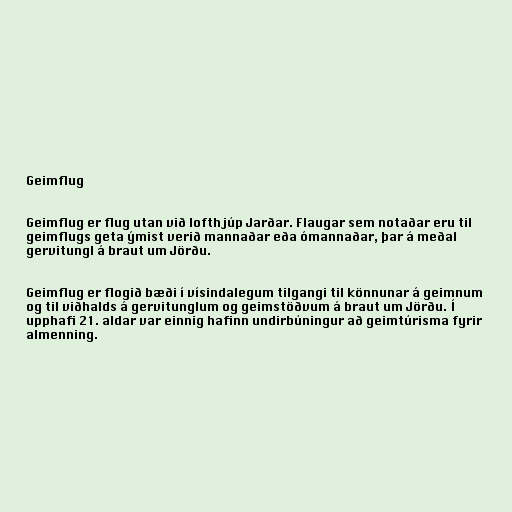
Geimflug

Geimflug er flug utan við lofthjúp Jarðar. Flaugar sem notaðar eru til
geimflugs geta ýmist verið mannaðar eða ómannaðar, þar á meðal
gervitungl á braut um Jörðu.

Geimflug er flogið bæði í vísindalegum tilgangi til könnunar á geimnum
og til viðhalds á gervitunglum og geimstöðvum á braut um Jörðu. Í
upphafi 21. aldar var einnig hafinn undirbúningur að geimtúrisma fyrir
almenning.